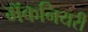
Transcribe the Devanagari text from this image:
मॅकनियरी